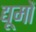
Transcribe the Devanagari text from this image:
द्यूमों